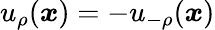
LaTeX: u_{\rho}(\boldsymbol{x})=-u_{-\rho}(\boldsymbol{x})